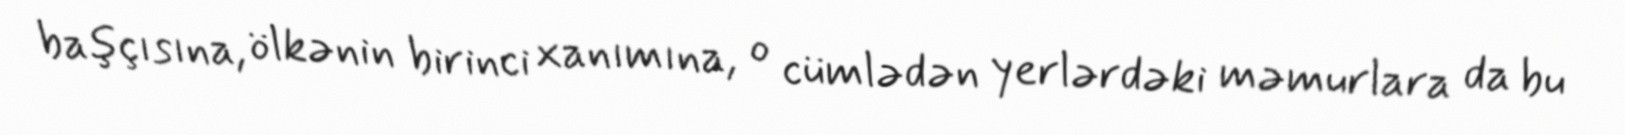
başçısına, ölkənin birinci xanımına, o cümlədən yerlərdəki məmurlara da bu